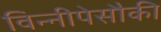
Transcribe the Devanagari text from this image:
विन्नीपेसौकी